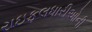
રાઇફલધારીઓની